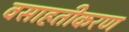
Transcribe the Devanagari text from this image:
वसाहतीकरण